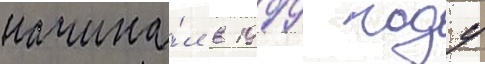
начина́л в 1999 году